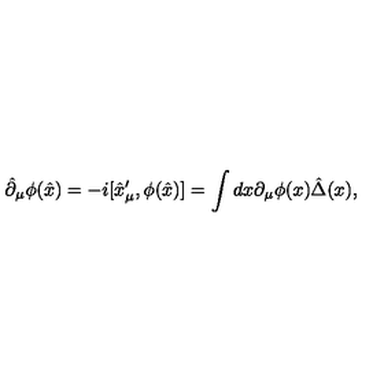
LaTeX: \hat { \partial } _ { \mu } \phi ( \hat { x } ) = - i [ \hat { x } _ { \mu } ^ { \prime } , \phi ( \hat { x } ) ] = \int d x \partial _ { \mu } \phi ( x ) \hat { \Delta } ( x ) ,